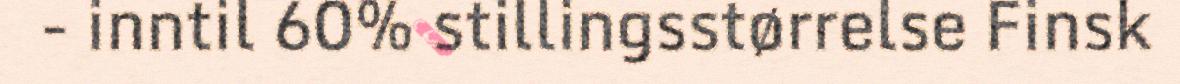
- inntil 60% stillingsstørrelse Finsk